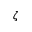
\zeta